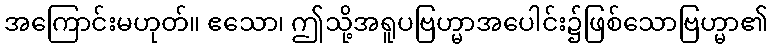
အကြောင်းမဟုတ်။ ဧသော၊ ဤသို့အရူပဗြဟ္မာအပေါင်း၌ဖြစ်သောဗြဟ္မာ၏